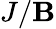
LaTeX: J/\mathbf{B}